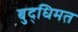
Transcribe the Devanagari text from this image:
बुद्धिमत